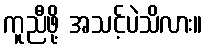
ကူညီဖို့ အသင့်ပဲသိလား။